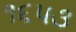
૧૬૫૩